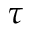
\tau